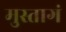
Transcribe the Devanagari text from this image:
मुस्तागं